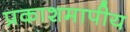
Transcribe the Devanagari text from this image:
प्रकाशमापीय